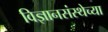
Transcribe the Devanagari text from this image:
विज्ञानसंस्थेच्या